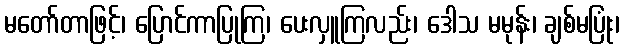
မတော်တာဖြင့်၊ ပြောင်ကာပြုကြ၊ ပေးလှူကြလည်း၊ ဒေါသ မမုန်း၊ ချစ်မပြုံး၊